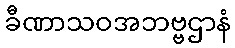
ခီဏာသဝအဘဗ္ဗဌာနံ